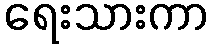
ရေးသားကာ